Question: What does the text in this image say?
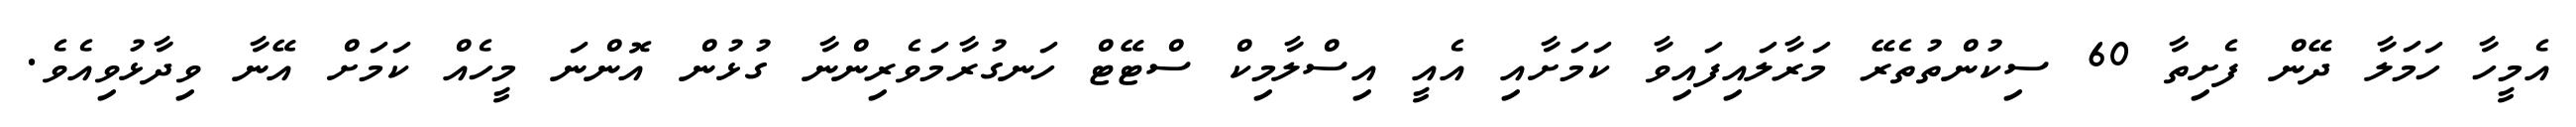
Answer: އެމީހާ ހަމަލާ ދޭން ފެށިތާ 60 ސިކުންތުތެރޭ މަރާލައިފައިވާ ކަމަށާއި އެއީ އިސްލާމިކް ސްޓޭޓް ހަނގުރާމަވެރިންނާ ގުޅުން އޮންނަ މީހެއް ކަމަށް އޭނާ ވިދާޅުވިއެވެ.